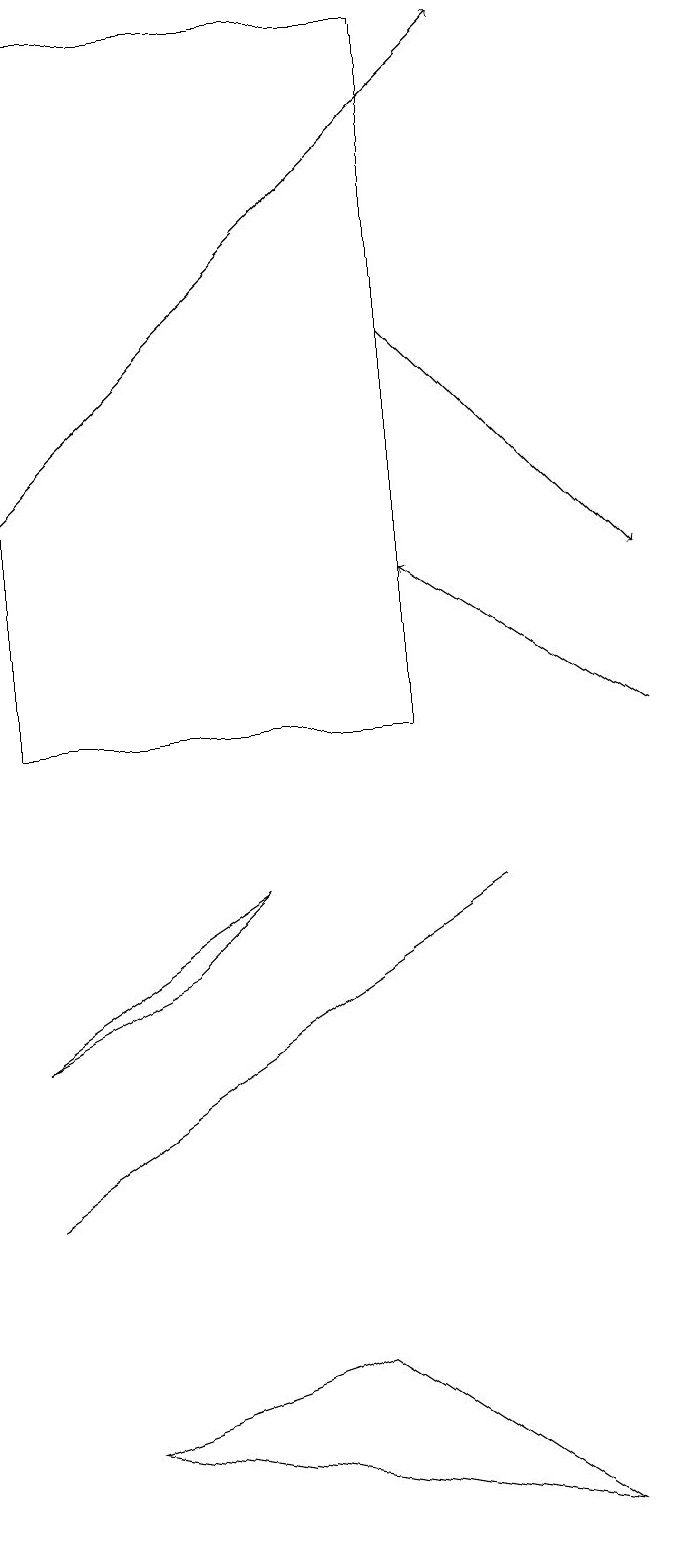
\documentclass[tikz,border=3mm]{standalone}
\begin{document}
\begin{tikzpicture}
\draw[->] (1,13) -- (7,19);
\draw (7,8) -- (4,6) -- (1,4) -- cycle;
\draw (2,1) -- (5,2) -- (8,0) -- cycle;
\draw (1,19) rectangle (6,10);
\draw[->] (9,10) -- (6,12);
\draw[->] (6,15) -- (9,12);
\draw (3,7) -- (4,8) -- (1,6) -- cycle;
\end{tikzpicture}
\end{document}